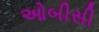
ઓબીસી